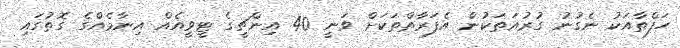
ހަފްތާއަކު ނެގުނު ގުރުއަތަކުން އެފަރާތްތަކަށް ވަނީ 40 އިންޗީގެ ޓީވީއެއް އިނާމެއްގެ ގޮތުގައި